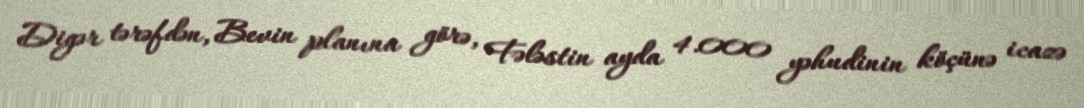
Digər tərəfdən, Bevin planına görə, Fələstin ayda 4.000 yəhudinin köçünə icazə